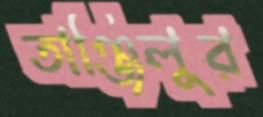
তাঞ্জিলুর